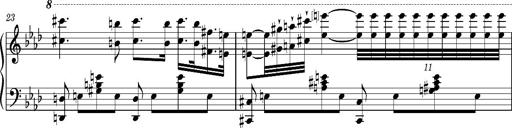
Title: Introduction des Variations sur une marche du SiÃ¨ge de Corinthe, S.421a
Composer: Franz Liszt
Key: F minor